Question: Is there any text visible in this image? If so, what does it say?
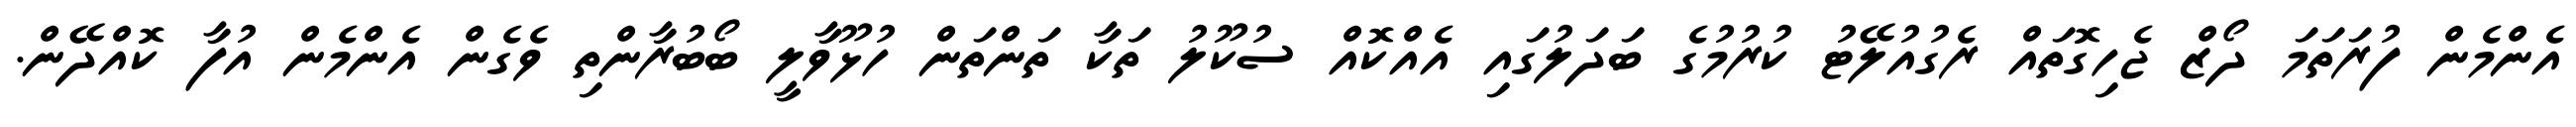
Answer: އެންމެން ފުރަތަމަ ދޯޒް ޖެހިގޮތައް ރެގުއުލޭޓު ކުރުމުގެ ބަދަލުގައި އެއްކޮއް ސުކޫލު ތަކާ ތަންތަން ހުޅޫވާލީ ބޯބުރާންތި ވެގެން އެންމެން އުފާ ކޮއްދޭން.